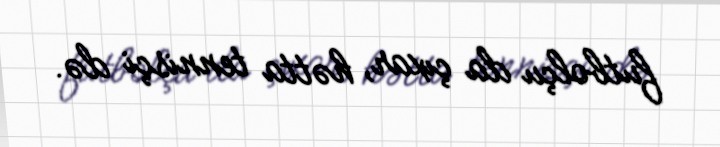
futbolçu da çıxar, hətta tennisçi də.